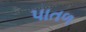
પાતળ